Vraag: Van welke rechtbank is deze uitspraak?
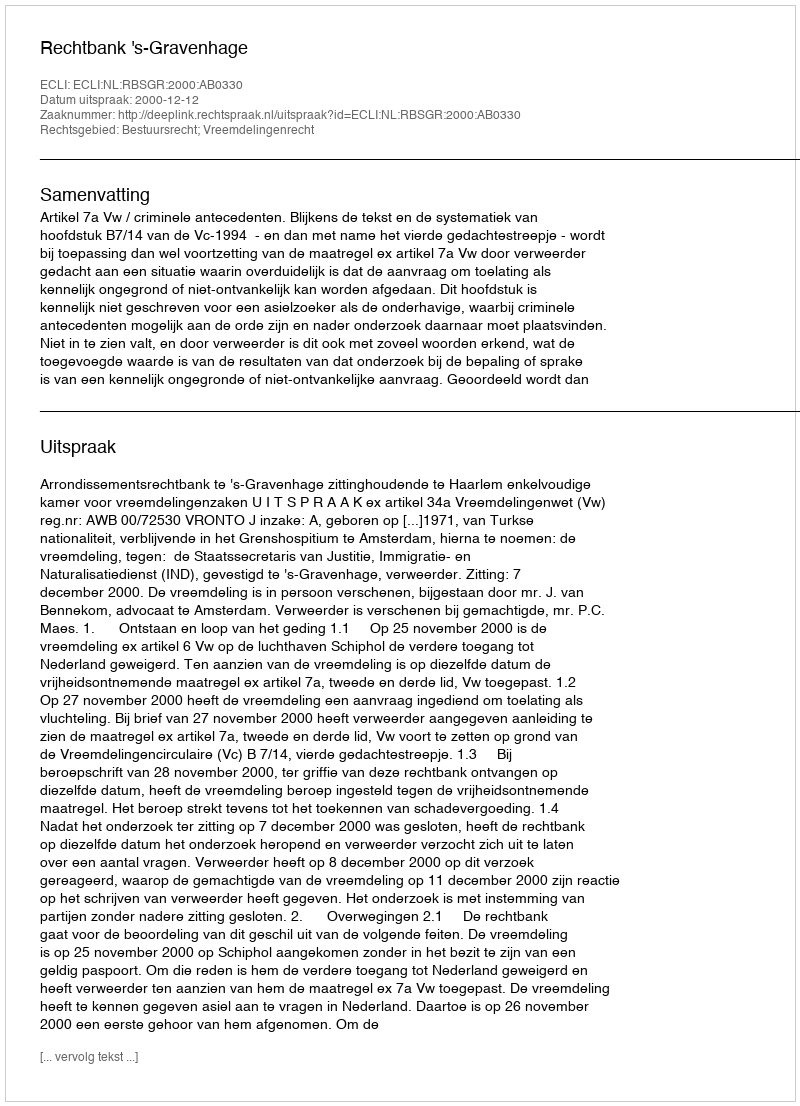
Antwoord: Rechtbank 's-Gravenhage